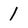
Character: 1